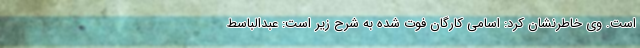
است. وی خاطرنشان کرد: اسامی کارگان فوت شده به شرح زیر است: عبدالباسط